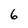
Character: 6